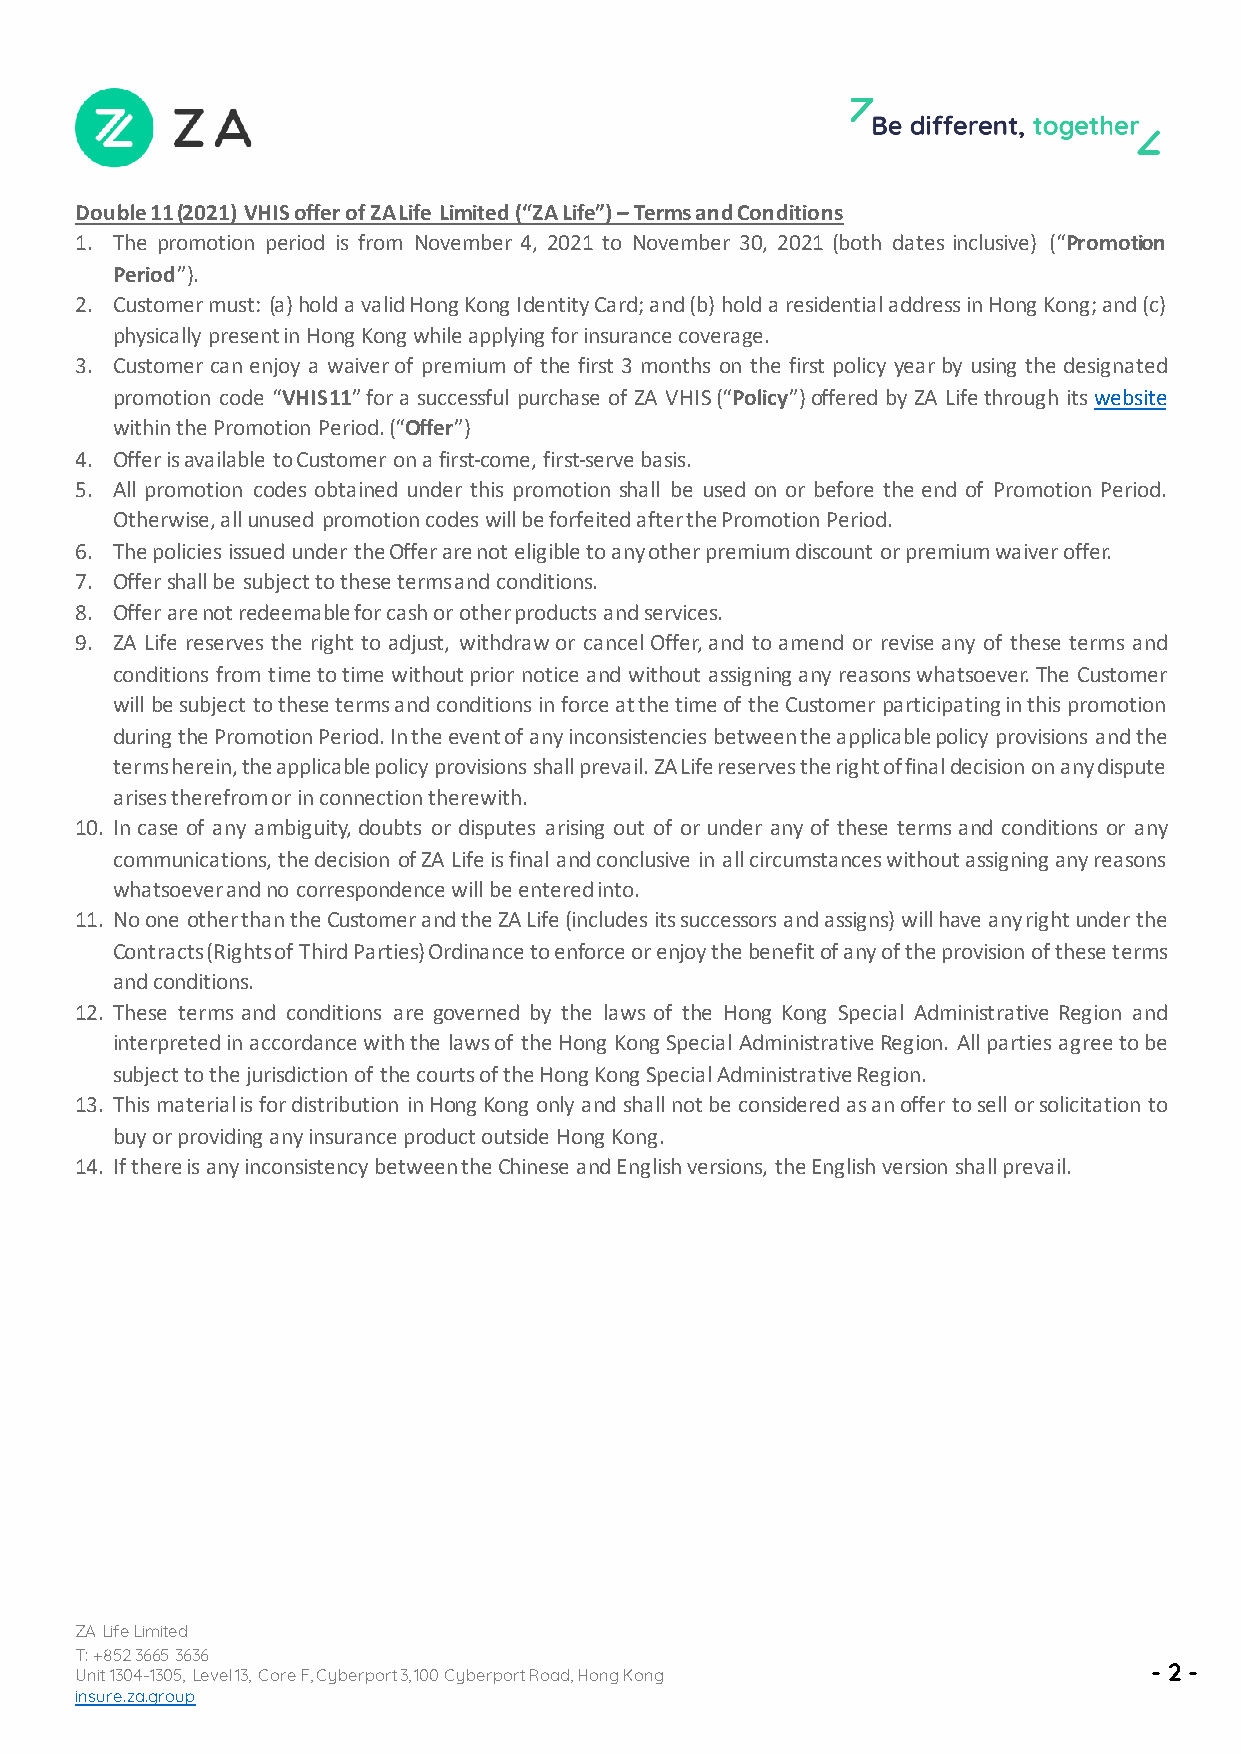
Double 11 (2021) VHIS offer of ZA Life Limited (“ZA Life”) – Terms and Conditions
 1. The promotion period is from November 4, 2021 to November 30, 2021 (both dates inclusive) (“Promotion
 Period”).
 2. Customer must: (a) hold a valid Hong Kong Identity Card; and (b) hold a residential address in Hong Kong; and (c)
 physically present in Hong Kong while applying for insurance coverage.
 3. Customer can enjoy a waiver of premium of the first 3 months on the first policy year by using the designated
 promotion code “VHIS11” for a successful purchase of ZA VHIS (“Policy”) offered by ZA Life through its website
 within the Promotion Period. (“Offer”)
 4. Offer is available to Customer on a first-come, first-serve basis.
 5. All promotion codes obtained under this promotion shall be used on or before the end of Promotion Period.
 Otherwise, all unused promotion codes will be forfeited after the Promotion Period.
 6. The policies issued under the Offer are not eligible to any other premium discount or premium waiver offer.
 7. Offer shall be subject to these terms and conditions.
 8. Offer are not redeemable for cash or other products and services.
 9. ZA Life reserves the right to adjust, withdraw or cancel Offer, and to amend or revise any of these terms and
 conditions from time to time without prior notice and without assigning any reasons whatsoever. The Customer
 will be subject to these terms and conditions in force at the time of the Customer participating in this promotion
 during the Promotion Period. In the event of any inconsistencies between the applicable policy provisions and the
 terms herein, the applicable policy provisions shall prevail. ZA Life reserves the right of final decision on any dispute
 arises therefrom or in connection therewith.
 10. In case of any ambiguity, doubts or disputes arising out of or under any of these terms and conditions or any
 communications, the decision of ZA Life is final and conclusive in all circumstances without assigning any reasons
 whatsoever and no correspondence will be entered into.
 11. No one other than the Customer and the ZA Life (includes its successors and assigns) will have any right under the
 Contracts (Rights of Third Parties) Ordinance to enforce or enjoy the benefit of any of the provision of these terms
 and conditions.
 12. These terms and conditions are governed by the laws of the Hong Kong Special Administrative Region and
 interpreted in accordance with the laws of the Hong Kong Special Administrative Region. All parties agree to be
 subject to the jurisdiction of the courts of the Hong Kong Special Administrative Region.
 13. This material is for distribution in Hong Kong only and shall not be considered as an offer to sell or solicitation to
 buy or providing any insurance product outside Hong Kong.
 14. If there is any inconsistency between the Chinese and English versions, the English version shall prevail.
 ZA Life Limited
 T: +852 3665 3636
 Unit 1304-1305, Level 13, Core F, Cyberport 3, 100 Cyberport Road, Hong Kong
 - 2 -
 insure.za.group